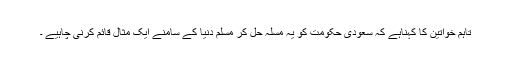
تاہم خواتین کا کہناہے کہ سعودی حکومت کو یہ مسلہ حل کر مسلم دنیا کے سامنے ایک مثال قائم کرنی چاہیے ۔